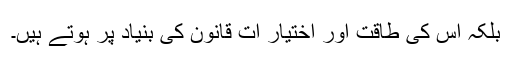
بلکہ اس کى طاقت اور اختیار ات قانون کى بنیاد پر ہوتے ہیں۔